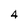
Character: 4